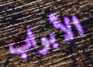
الأبواب